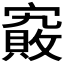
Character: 𡫄